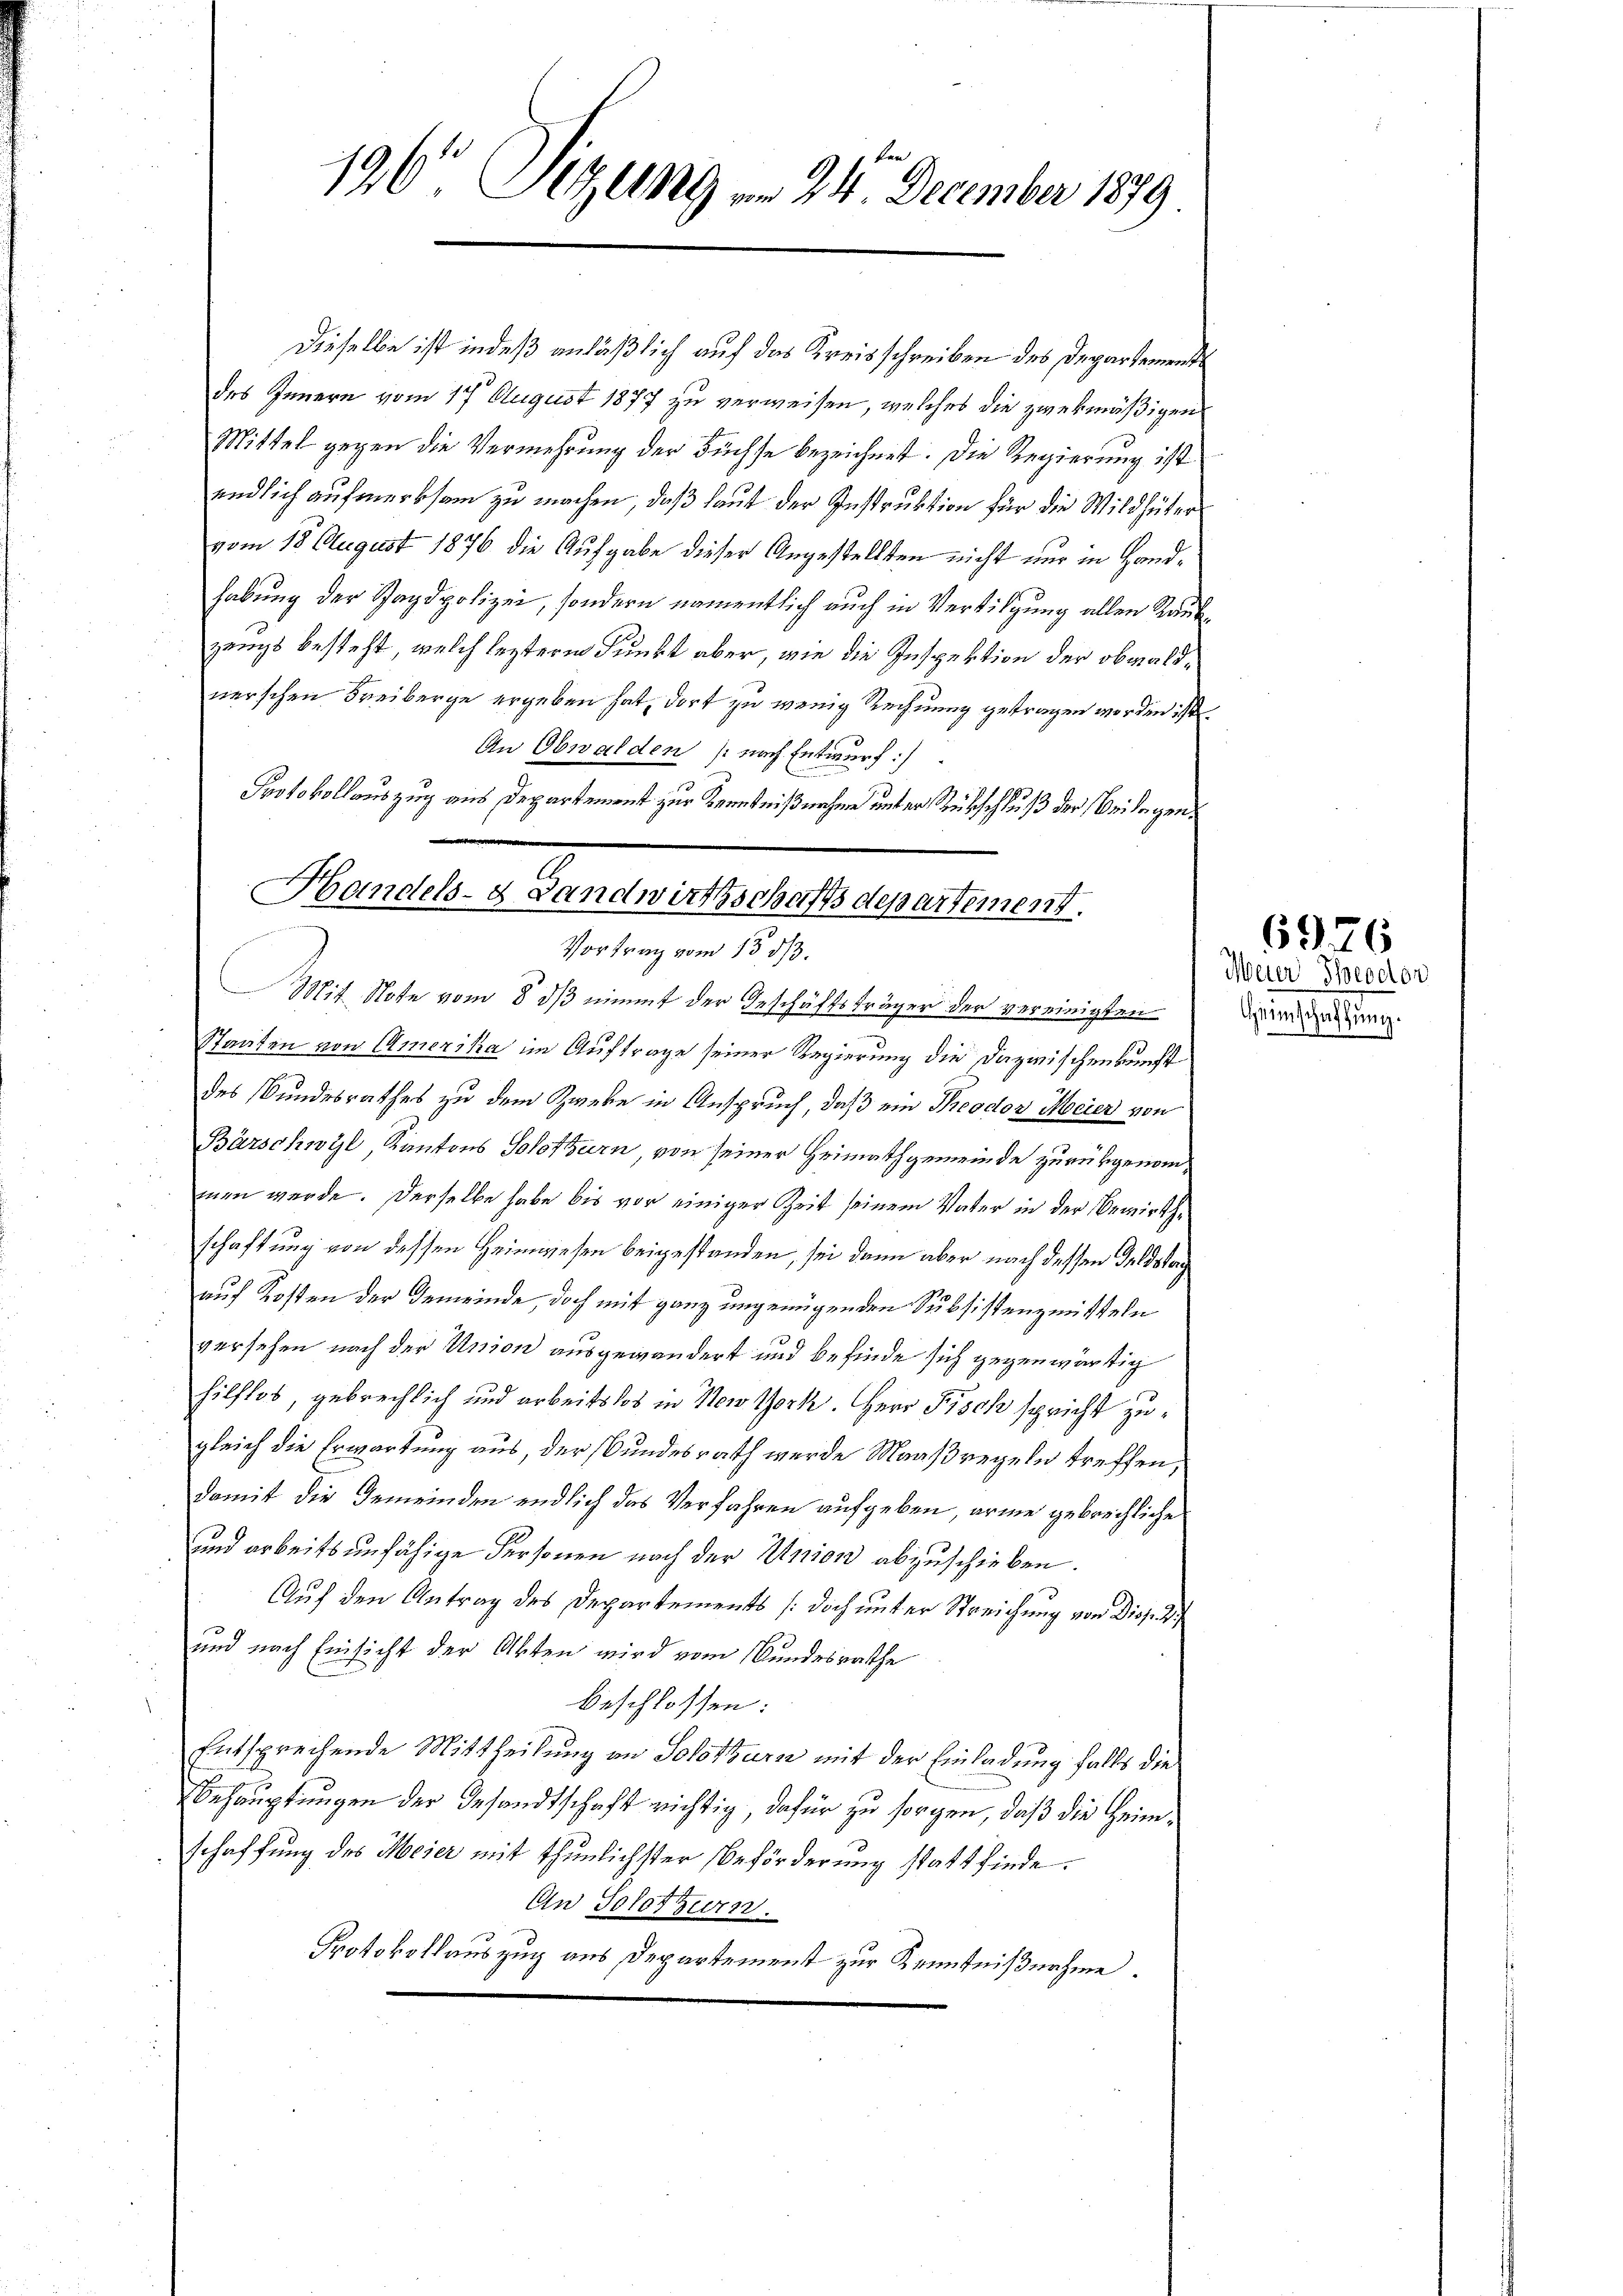
126' Sitzung am 24. December 1879

Dieselbe ist indeß anläßlich auf das Kreisschreiben des Departements
des Innern vom 17. August 1877 zu verweisen, welches die zwekmäßigen
Mittel gegen die Vermehrung der Füchse bezeichnet. Die Regierung ist
endlich aufmerksam zu machen, daß laut der Instruktion für die Wildhüter
vom 18 August 1876 die Aufgabe dieser Angestellten nicht nur in Handhabung der Standpolizei, sondern namentlich auch in Vertilgung allen Raubzangs besteht, welch leztere Punkt aber, wie die Inspektion der obwaldnerschen Freiberge ergeben hat, dort zu wenig Rechnung getragen worden ist.
An Obwalden (nach Entwurf:/
Protokollauszug aus Departement zur Kenntnißnahme unter Rückschluß der Beilagen¬

Handels- Landwirthschaffs departement.
Vortrag vom 15 1/3.
Mit Note vom 8. ds nimmt der Geschäftsträger der vereinigten

Staaten von Amerika im Auftrage seiner Regierung die Dazwischenkunft
des Bundesrathes zu dem Zweke in Anspruch, daß ein Theodor Meier von
Bärschwyl Kantons Solothurn, von seiner Heimathgemeinde zurückgenommen werde. Derselbe habe bis vor einiger Zeit seinem Vater in der Bewirthschaftung von dessen Heimwesen beigestanden, sei dann aber nach dessen Geldstag
auf Kosten der Gemeinde, doch mit ganz ungenügenden Subsistenzmitteln
versehen nach der Union ausgewandert und befinde sich gegenwärtig
hilflos, gebrechlich und arbeitslos in New York. Herr Fisch spricht zugleich die Erwartung aus, der Bundesrath werde Maaßregeln treffen,
damit die Gemeinden endlich das Verfahren aufgeben, arme gebrechliche
und arbeitsunfähige Personen nach der Union abzuschieben.
Auf den Antrag des Departements (doch unter Streichung von Disp. 27
und nach Einsicht der Akten wird vom Bundesrathe
beschlossen:
Entsprechende Mittheilung an Solothurn mit der Einladung falls die
Behauptungen der Gesandtschaft richtig dafür zu sorgen, daß die Heimschaffung des Meier mit thunlichster Beförderung statt finde.
An Solothurn.
Protokollauszug aus Departement zur Kenntnißnahme

6976
¬
Meier Theodor
Guntschaftung.